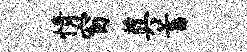
情窗奠蓄